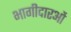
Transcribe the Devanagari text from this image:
भागीदारओं